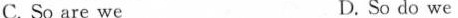
C. So are we D. So do we